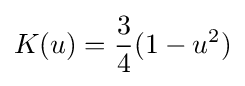
K(u)={\frac {3}{4}}(1-u^{2})